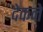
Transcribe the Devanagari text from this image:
देकने